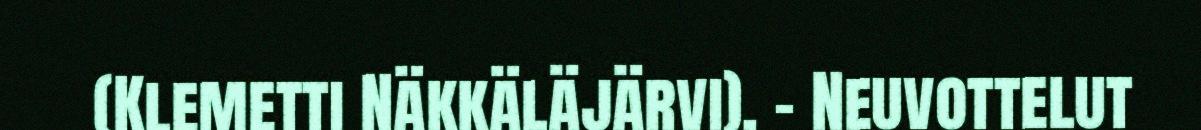
(Klemetti Näkkäläjärvi), - Neuvottelut